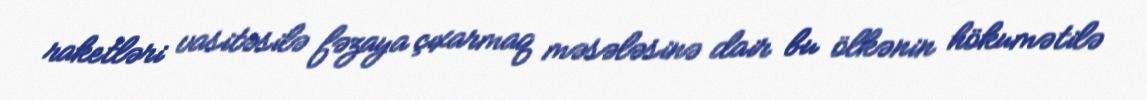
raketləri vasitəsilə fəzaya çıxarmaq məsələsinə dair bu ölkənin hökumətilə